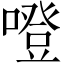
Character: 噔